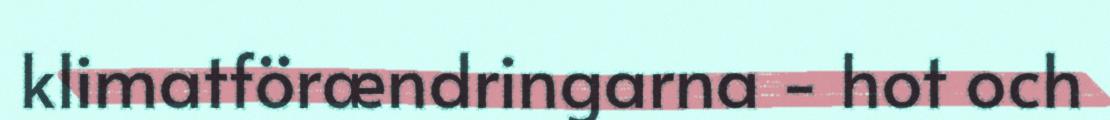
klimatförændringarna - hot och